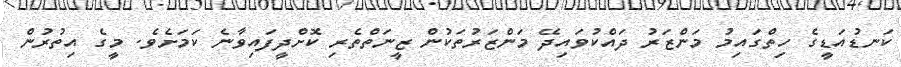
ކަނޑުއަޑީގެ ހިތްގައިމު މަންޒަރު ދައްކުވައިދޭ މަންޒަރުތަކުން ޒީނަތްތެރި ކޮށްދީފައިވާނެ ކަމަށެވެ. މީގެ އިތުރުން